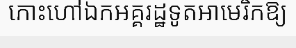
កោះហៅឯកអគ្គរដ្ឋទូតអាមេរិកឱ្យ